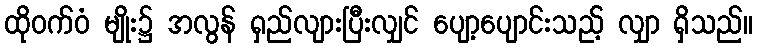
ထိုဝက်ဝံ မျိုး၌ အလွန် ရှည်လျားပြီးလျှင် ပျော့ပျောင်းသည့် လျှာ ရှိသည်။